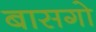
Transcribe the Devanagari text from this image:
बासगो